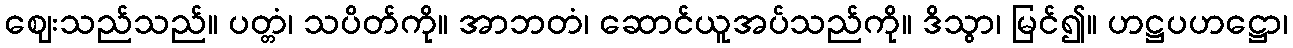
ဈေးသည်သည်။ ပတ္တံ၊ သပိတ်ကို။ အာဘတံ၊ ဆောင်ယူအပ်သည်ကို။ ဒိသွာ၊ မြင်၍။ ဟဋ္ဌပဟဋ္ဌော၊